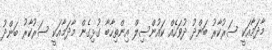
މާދަމާއަކީ ސަރުކާރު ބަންދު ދުވަހެއް ކައުންސިލް އިންތިހާބާ ގުޅިގެން މާދަމާއަކީ ސަރުކާރު ބަންދު